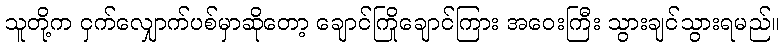
သူတို့က ငှက်လျှောက်ပစ်မှာဆိုတော့ ချောင်ကြိုချောင်ကြား အဝေးကြီး သွားချင်သွားရမည်။